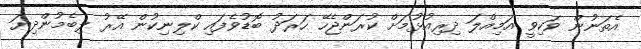
އެތަނުން ވަކިވީ އަމިއްލަ ދިރިއުޅުމަށް ކުރަންޖެހޭ ހަރަދު ބޮޑުވެފައި ކްލިނިކުން އޭރު ލިބެމުންދިޔަ